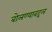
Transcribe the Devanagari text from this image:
बोलण्याबद्दल